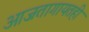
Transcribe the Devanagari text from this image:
आजतागायतही